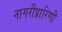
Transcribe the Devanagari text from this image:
नागरीप्रारिणी